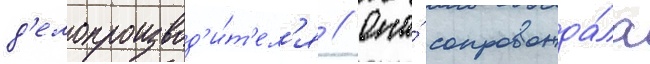
д'елопроизвод'и́т'ел'я // Она́ сопровожда́ла